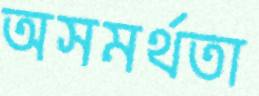
অসমর্থতা